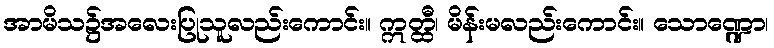
အာမိသ၌အလေးပြုသူလည်းကောင်း။ ဣတ္ထီ၊ မိန်းမလည်းကောင်း။ သောဏ္ဍော၊